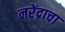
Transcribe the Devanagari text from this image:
नरेंद्राचा